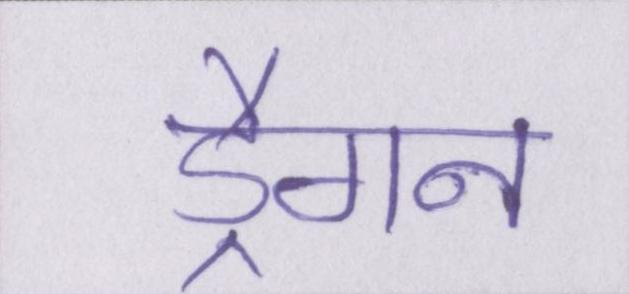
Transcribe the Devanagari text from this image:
ड्रैगन